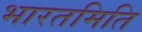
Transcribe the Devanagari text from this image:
भारतमिति